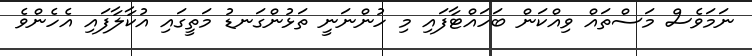
ނަމަވެސް މަސްތައް ވިއްކަން ބަހައްޓާފައި މި ހުންނަނީ ތަޅުންގަނޑު މަތީގައި އުކާލާފައި އެހެންވެ